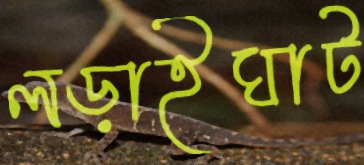
লড়াইঘাট